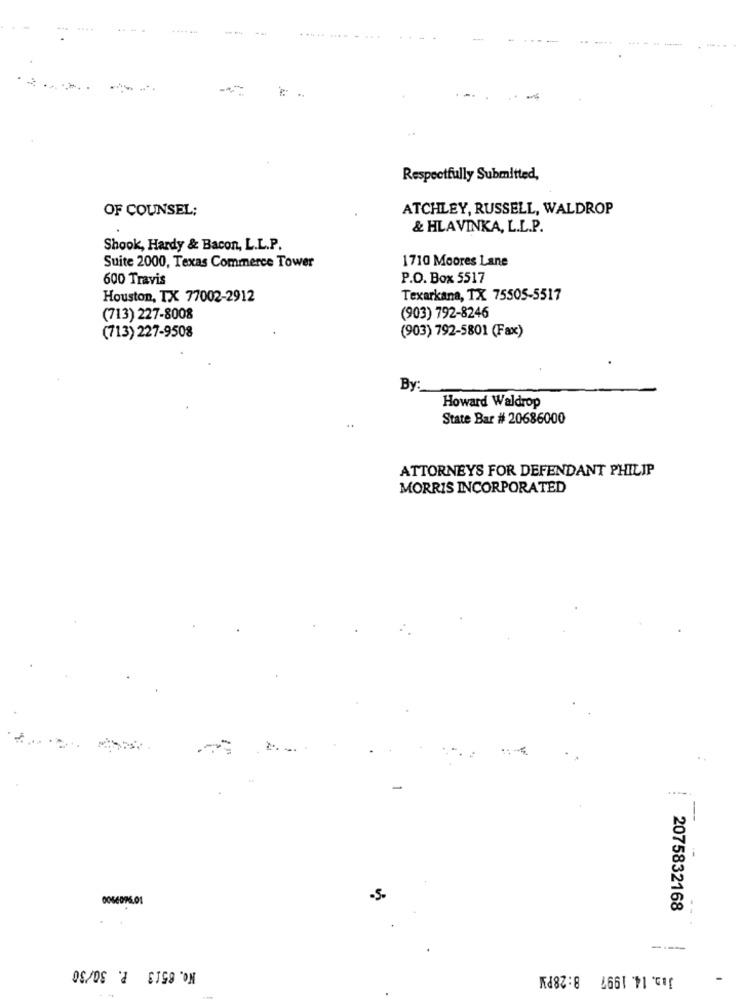
Respectfully Submitted,
OF COUNSEL;
ATCHLEY, RUSSELL, WALDROP
& HLAVINKA, L.L.P.
Shook, Hardy & Bacon, L.L.P.
1710 Moores Lane
Suite 2000, Texas Commerce Tower
600 Travis
P.O. Box 5517
Houston, TX 77002-2912
Texarkana, TX 75505-5517
(713) 227-8008
(903) 792-8246
(713) 227-9508
(903) 792-5801 (Fax)
By:
Howard Waldrop
State Bar # 20686000
ATTORNEYS FOR DEFENDANT PHILIP
MORRIS INCORPORATED
..
0066096.01
-5-
2075832168
----
No. 8513 P. 30/30
Jan. 14. 1997 8:28PM